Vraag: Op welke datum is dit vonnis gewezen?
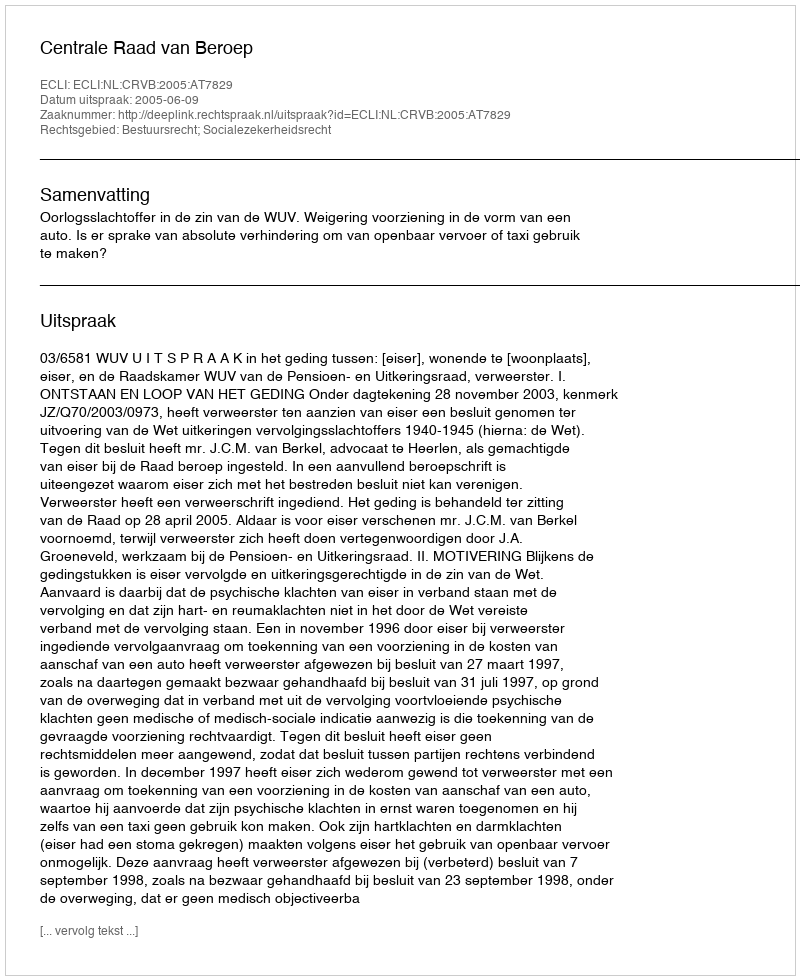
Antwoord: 2005-06-09